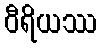
ဝီရိယဿ